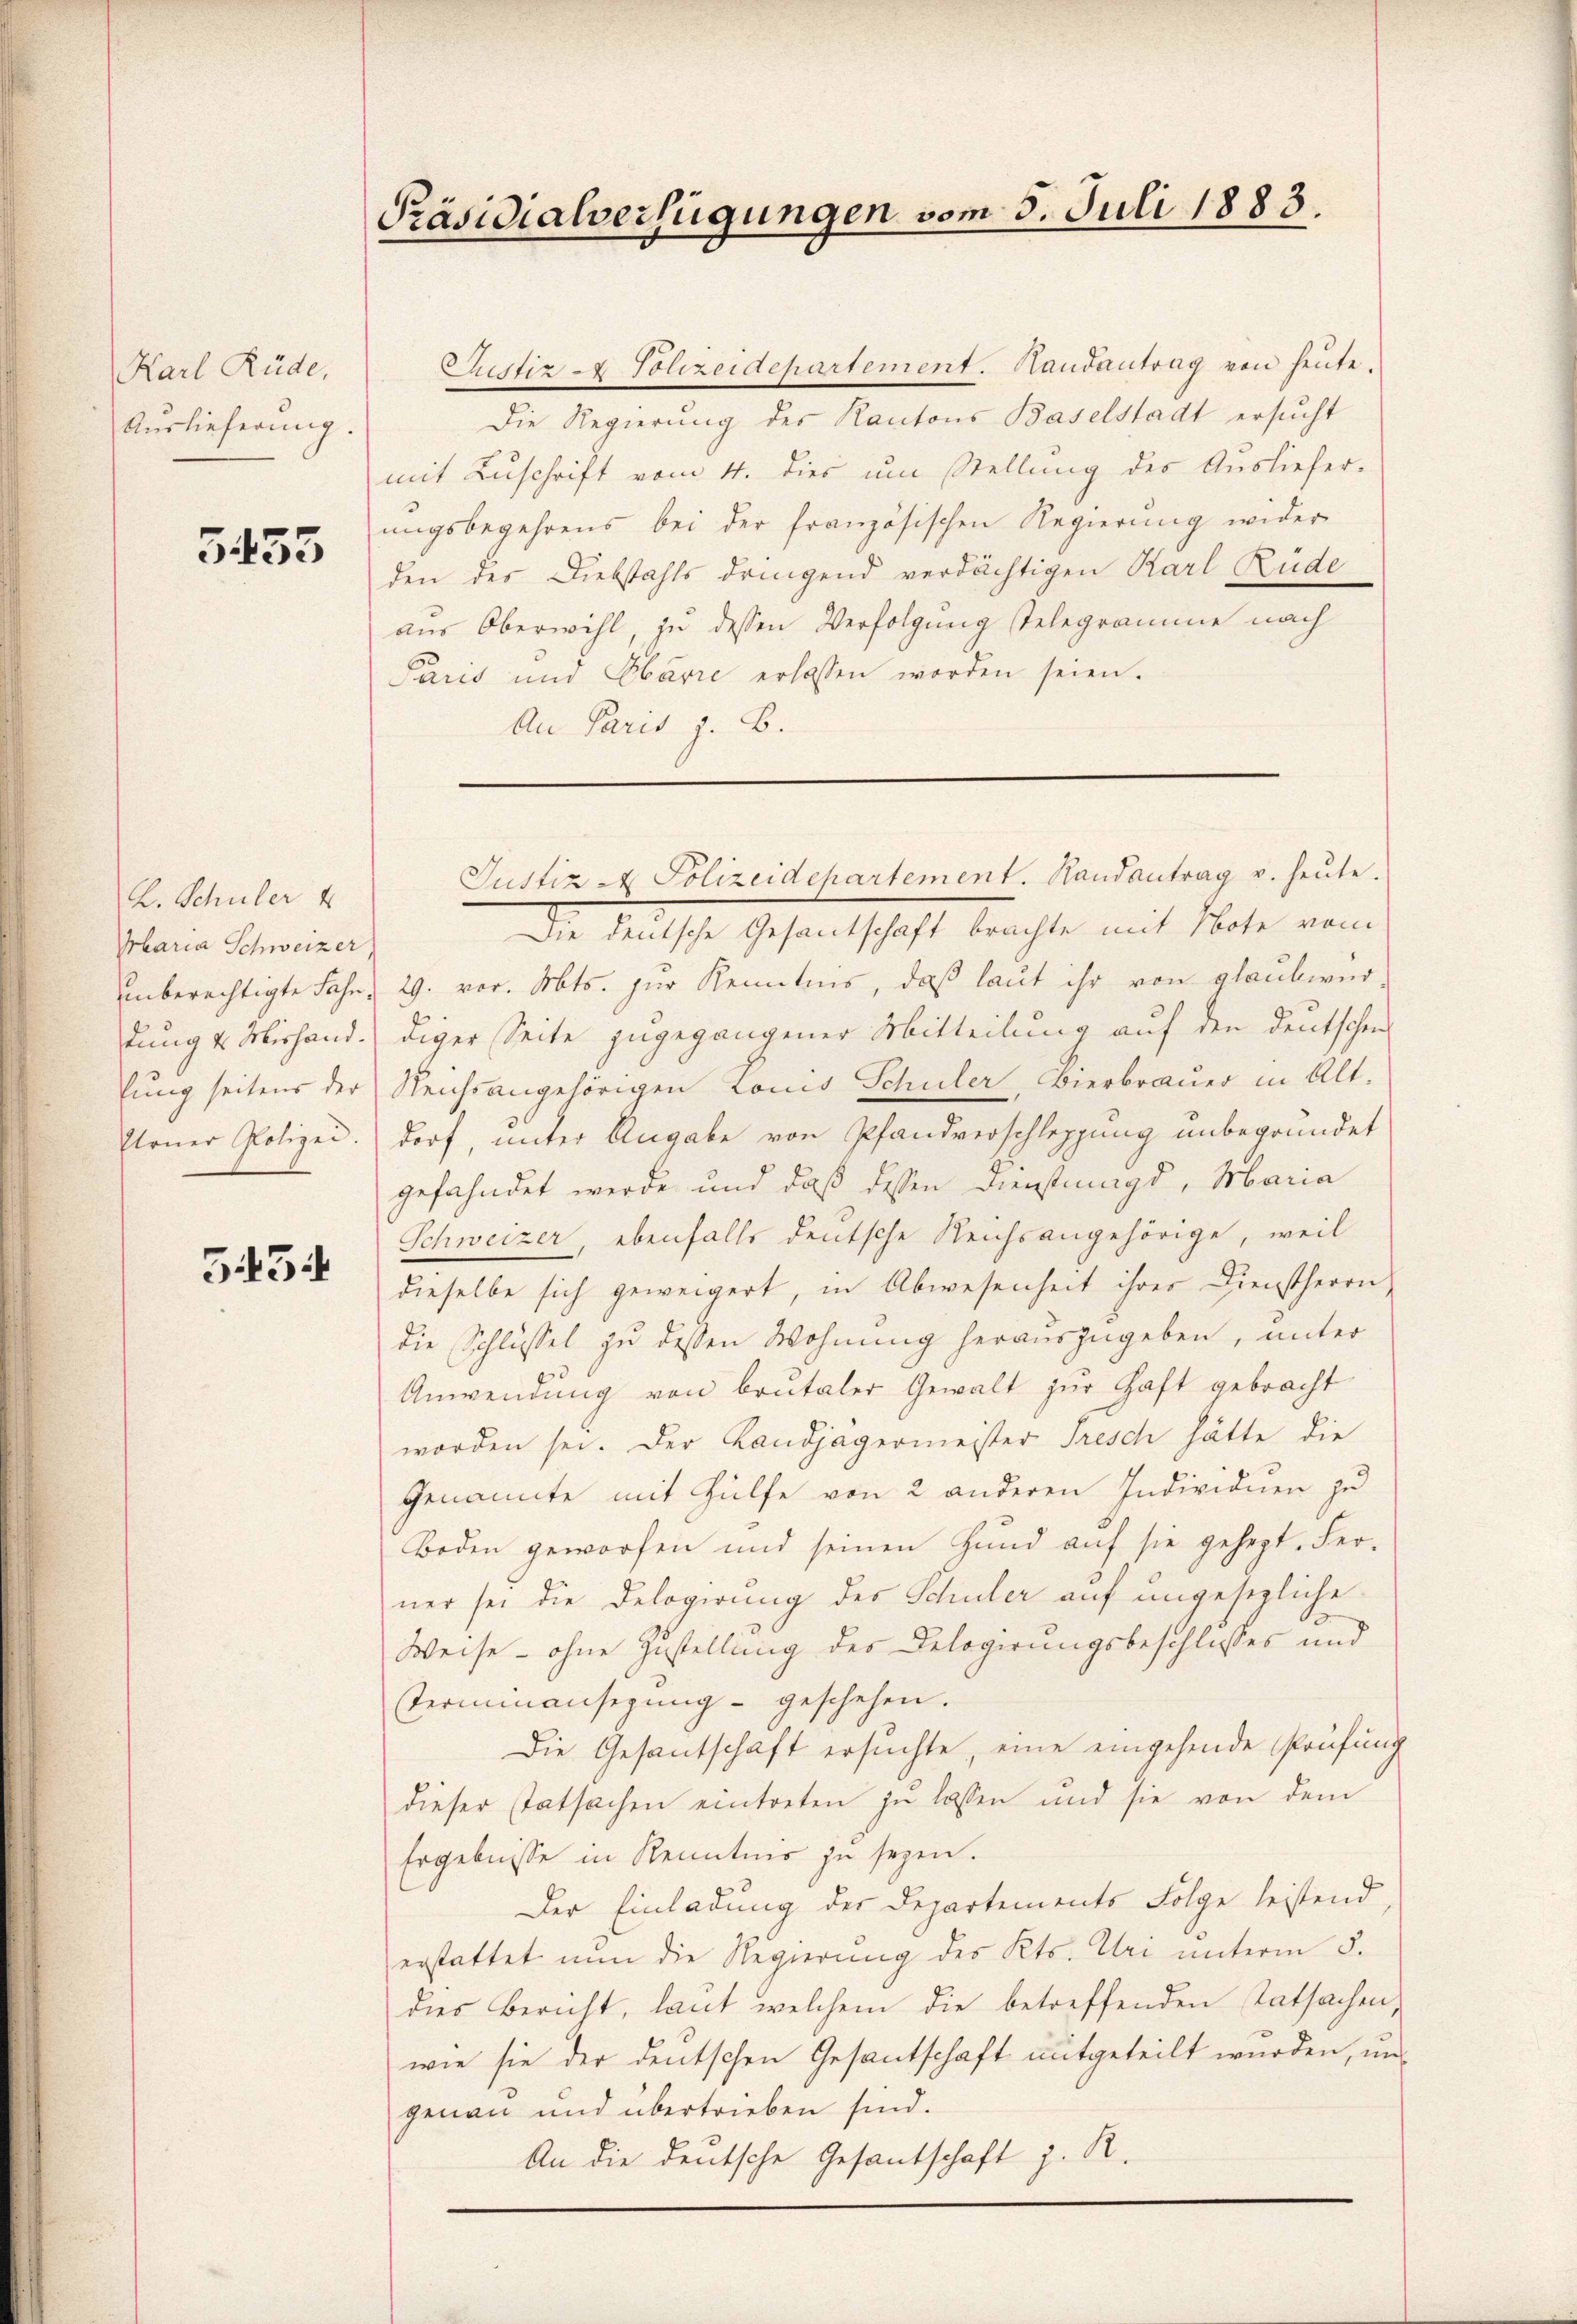
Karl Rüde,
Auslieferung.

5455

K. Schüler 4
Prbaria Schweizer,
dung v. Mishand.
Etrner Polizei.

5434

Präsidialverfügungen vom 5. Juli 1883.
—

Justiz - Polizeidepartement. Handantrag von heute.
Die Regierung des Kantons Baselstadt ersucht
mit Zuschrift vom 4. dies um Stellung des Ausliefer-
ungsbegehrens bei der französischen Regierŭng wider
den des Diebstahls dringend verdächtigen Karl Rüde
aus Oberwihl, zu dessen Verfolgung stelegramme nach
Paris und Ebarie erlassen worden seien.
An Paris z. B.

Justiz - Polizeidepartement. Randantrag u. heute.

Die deutsche Gesandtschaft brachte mit Note vom
unberechtigte Jahr 29. vor. Mts. zur Kenntnis, daß laut ihr von glaubwürdiger Seite zugegangener Mitteilung auf den deutschen
lung seitens der Reichsangehörigen Lonis Schuler, Bierbrauer in Alt-
dorf, unter Angabe von Pfandverschleppung unbegründet
gefahndet werde und daß dessen Dienstmagd, Maria
Schweizer, ebenfalls deutsche Reichsangehörige, weil
dieselbe sich geweigert, in Abwesenheit ihrer Dienstherrn,
die Schlüssel zu dessen Wohnung herauszugeben, unter
Anwendung von brutaler Gewalt zur Haft gebracht
worden sei. Der Landjägermeister Tresch hätte die
Genannte mit Hülfe von 2 anderen Individuen zu
Boden geworfen und seinen Hund auf sie gehegt. Ferner sei die Delegierung des Schuler auf ungesezliche
Weise - ohne Zustellung des Delegierungsbeschlusses und
Terminansezung geschehen.
Die Gesantschaft ersuchte, eine eingehende Prüfung
dieser statsachen eintreten zu lassen und sie von dem
Ergebnisse in Kenntnis zu seyen.
Der Einladung der Departements Folge leistend,
erstattet nun die Regierung des Kts. Uri unterm 5.
dies Bericht, laut welchem die betreffenden tatsachen,
wie sie der deutschen Gesantschaft mitgeteilt wurden, ungenau und übertrieben sind.
An die deutsche Gesantschaft z. R.